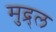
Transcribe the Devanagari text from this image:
मुद्र्ल